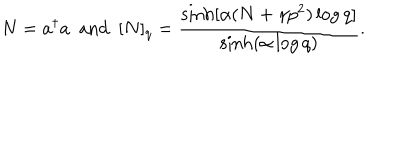
N = a ^ { \dagger } a ~ ~ \mathrm { a n d } ~ ~ [ N ] _ { q } = \frac { \sinh [ \alpha ( N + \gamma p ^ { 2 } ) \log q ] } { \sinh ( \alpha \log q ) } .